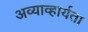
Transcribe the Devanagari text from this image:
अव्याव्हार्यता